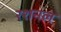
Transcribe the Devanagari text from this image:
रशनल